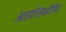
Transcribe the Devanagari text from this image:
आइऍसबीऍन